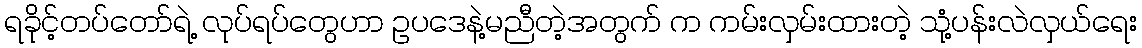
ရခိုင့်တပ်တော်ရဲ့ လုပ်ရပ်တွေဟာ ဥပဒေနဲ့မညီတဲ့အတွက် က ကမ်းလှမ်းထားတဲ့ သုံ့ပန်းလဲလှယ်ရေး